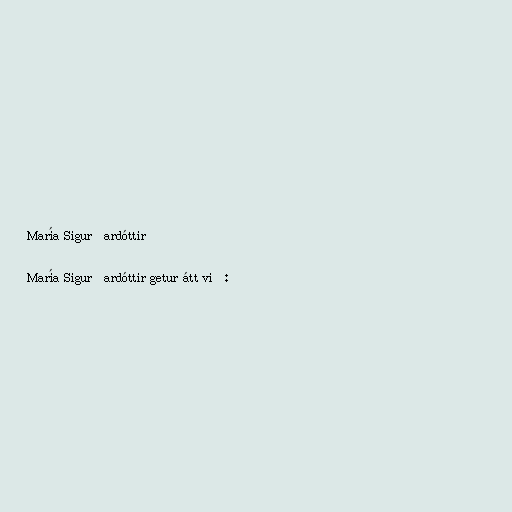
María Sigurðardóttir

María Sigurðardóttir getur átt við: